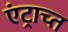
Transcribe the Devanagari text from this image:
एंट्राच्त